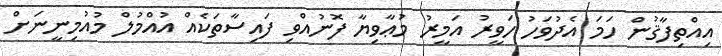
އިއްތިފާޤުން ހަމަ އެދުވަހު ހަވީރު އަމީރު މުޢާވިޔާ ފޮނުއްވި ފައިސާތަކެއް އުއްމުލް މުއުމިނީނަށް